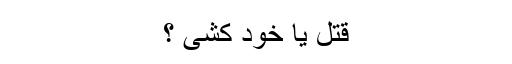
قتل یا خود کشی ؟